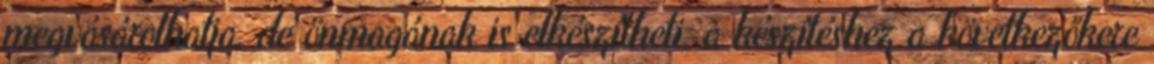
megvásárolhatja, de önmagának is elkészítheti, a készítéshez a következőkere